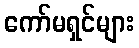
ကော်မရှင်များ